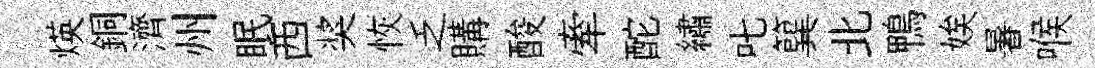
煐銅濟州眠西奖恢乏購酸牽酡繡叱簨北鴨娭暑喉